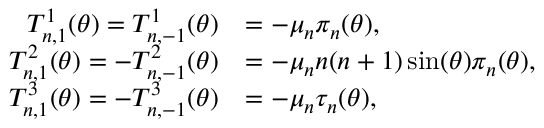
\begin{array} { r l } { T _ { n , 1 } ^ { 1 } ( \theta ) = T _ { n , - 1 } ^ { 1 } ( \theta ) } & { = - \mu _ { n } \pi _ { n } ( \theta ) , } \\ { T _ { n , 1 } ^ { 2 } ( \theta ) = - T _ { n , - 1 } ^ { 2 } ( \theta ) } & { = - \mu _ { n } n ( n + 1 ) \sin ( \theta ) \pi _ { n } ( \theta ) , } \\ { T _ { n , 1 } ^ { 3 } ( \theta ) = - T _ { n , - 1 } ^ { 3 } ( \theta ) } & { = - \mu _ { n } \tau _ { n } ( \theta ) , } \end{array}